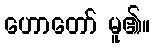
ဟောတော် မူ၏။